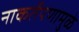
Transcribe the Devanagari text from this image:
नाकर्तेपणामुळे